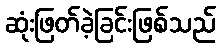
ဆုံးဖြတ်ခဲ့ခြင်းဖြစ်သည်